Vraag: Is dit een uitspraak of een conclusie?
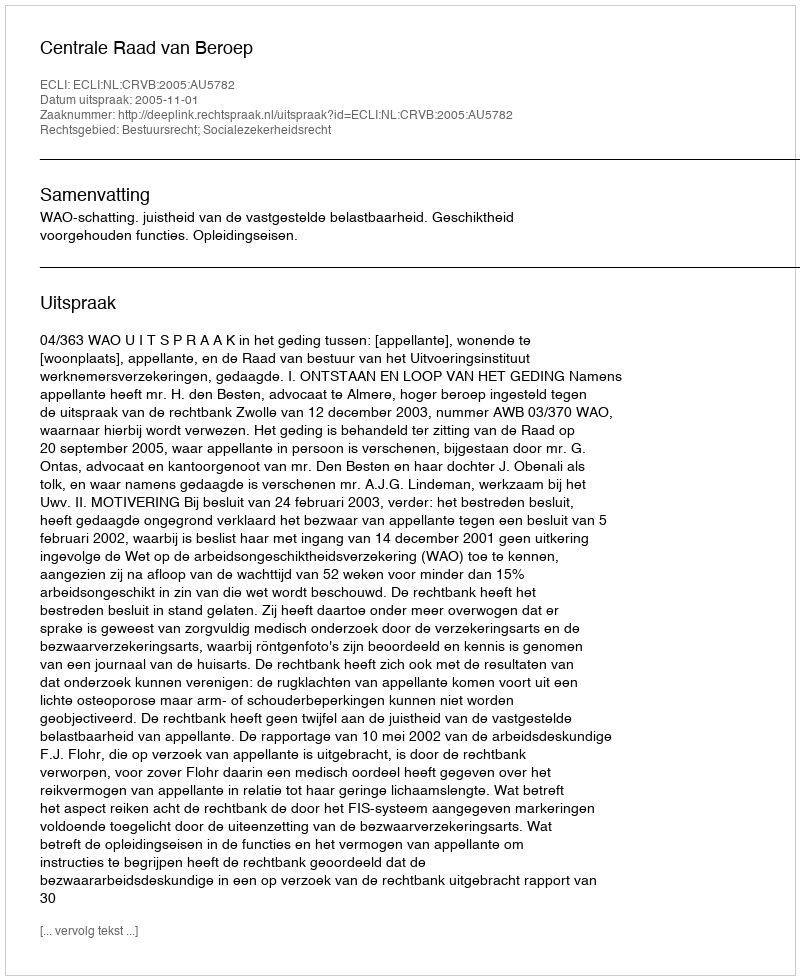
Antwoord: Uitspraak